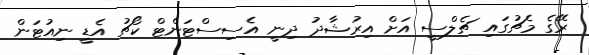
ރޭގެ މެޗުގައި ޗެލްސީ އަށް އިރުޝާދު ދިނީ އެސިސްޓަންޓް ކޯޗު އެޑީ ނިއުޓަން